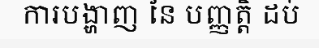
ការបង្ហាញ នៃ បញ្ញត្តិ ដប់